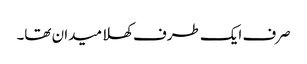
صرف ایک طرف کھلا میدان تھا۔